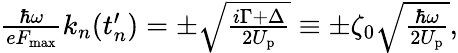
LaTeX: \begin{array}{r}{\frac{\hbar\omega}{eF_{\mathrm{max}}}k_{n}(t_{n}^{\prime})=\pm\sqrt{\frac{i\Gamma+\Delta}{2U_{\mathrm{p}}}}\equiv\pm\zeta_{0}\sqrt{\frac{\hbar\omega}{2U_{\mathrm{p}}}},}\end{array}